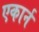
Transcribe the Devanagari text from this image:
एकार्न